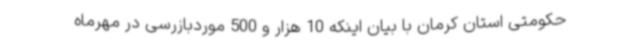
حکومتی استان کرمان با بیان اینکه 10 هزار و 500 موردبازرسی در مهرماه